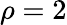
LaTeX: \rho=2